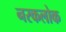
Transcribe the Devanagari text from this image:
नरकलोक